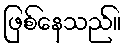
ဖြစ်နေသည်။